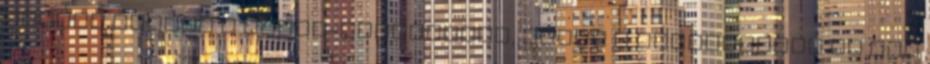
nyerni tudtak a Tumba-stadionban, akkor a Debrecennek is meg